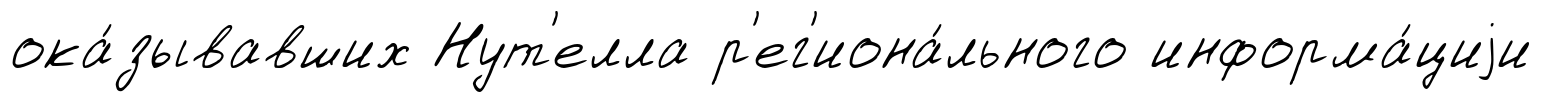
ока́зывавших Нут'елла р'ег'иона́льного информа́циjи